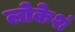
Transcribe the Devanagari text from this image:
लोकेशं